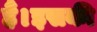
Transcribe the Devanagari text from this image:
हैं।इसकी